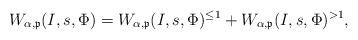
LaTeX: \begin{align*}W_{\alpha,\mathfrak{p}}(I,s,\Phi) = W_{\alpha,\mathfrak{p}}(I,s,\Phi)^{\leq 1} + W_{\alpha,\mathfrak{p}}(I,s,\Phi)^{>1},\end{align*}